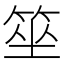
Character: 𥭭